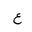
Letter: _ayn